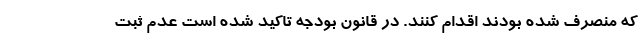
که منصرف شده بودند اقدام کنند. در قانون بودجه تاکید شده است عدم ثبت